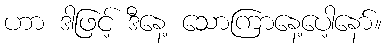
ဟာ ဒါဖြင့် ဒီနေ့ သောကြာနေ့ပေါ့နော်။